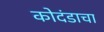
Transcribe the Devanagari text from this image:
कोदंडाचा